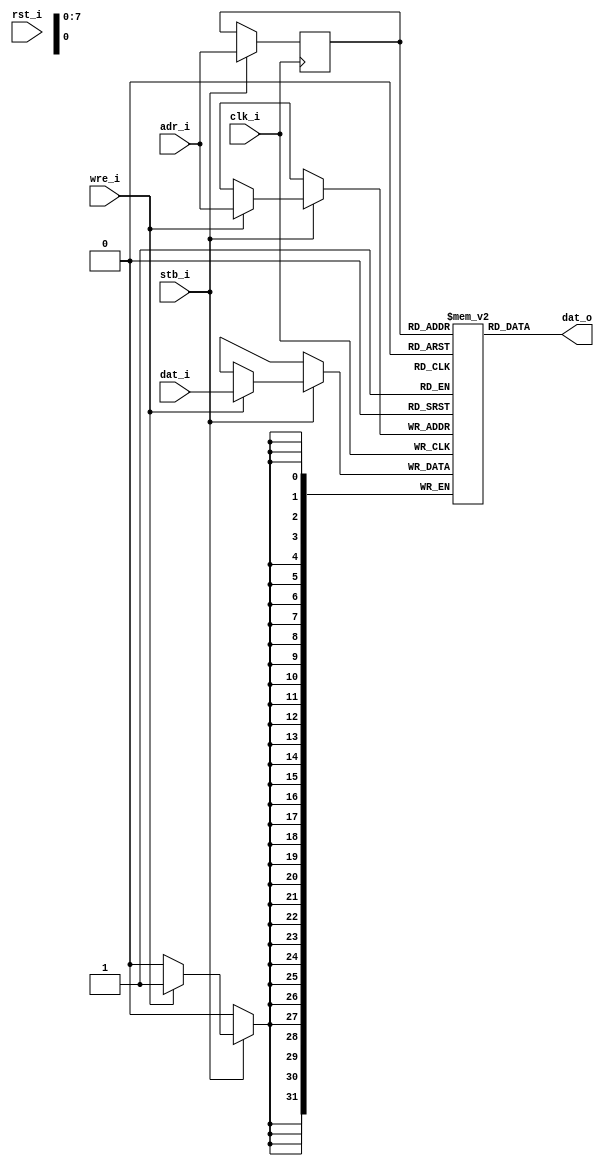
/* $Id: fasm_spsram.v,v 1.1 2008/06/05 20:51:56 sybreon Exp $
**
** FASM MEMORY LIBRARY
** Copyright (C) 2004-2009 Shawn Tan <shawn.tan@aeste.net>
** All rights reserved.
** 
** FASM is free software: you can redistribute it and/or modify it
** under the terms of the GNU Lesser General Public License as
** published by the Free Software Foundation, either version 3 of the
** License, or (at your option) any later version.
**
** FASM is distributed in the hope that it will be useful, but WITHOUT
** ANY WARRANTY; without even the implied warranty of MERCHANTABILITY
** or FITNESS FOR A PARTICULAR PURPOSE.  See the GNU Lesser General
** Public License for more details.
**
** You should have received a copy of the GNU Lesser General Public
** License along with FASM. If not, see <http:**www.gnu.org/licenses/>.
*/
/*
 * SINGLE PORT SYNCHRONOUS RAM - WRITE-BEFORE-READ
 * Synthesis proven on:
 * - Xilinx ISE
 * - Altera Quartus (>=8.0) 
 */

module fasm_spsram_wbr (/*AUTOARG*/
   // Outputs
   dat_o,
   // Inputs
   dat_i, adr_i, wre_i, stb_i, rst_i, clk_i
   );

   parameter AW = 8;  ///< address space (2^AW) words
   parameter DW = 32; ///< data word width bits

   // wishbone port a
   output [DW-1:0] dat_o; // DO
   input [DW-1:0]  dat_i; // DI
   input [AW-1:0]  adr_i; // A
   input 	   wre_i; // WE
   input 	   stb_i; // CS
   
   input 	   rst_i,
		   clk_i;
   
   // address latch
   reg [AW-1:0]    rA;   
   
   // memory block
   reg [DW-1:0]    bram [(1<<AW)-1:0]; 
   
   always @(posedge clk_i)
     if (stb_i)
       begin
	  rA <= #1 adr_i;	  
	  if (wre_i) // strobe and write-enable
	    bram[adr_i] <= #1 dat_i;	  
       end

   assign 	   dat_o = bram[rA]; // write-thru
   
   // ### SIMULATION ONLY ###
   // synopsys translate_off
   integer i;
   initial begin
      for (i=0; i<(1<<AW); i=i+1) begin
	 bram[i] <= $random;	 
      end
   end
   // synopsys translate_on
   
endmodule // fasm_spsram_wbr